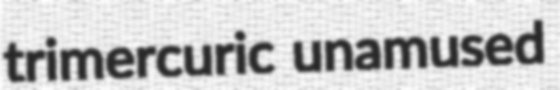
trimercuric unamused